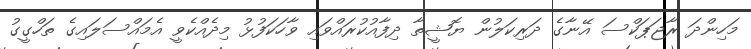
މަހިންދަ ރާޖަޕަކްސަ އޭނާގެ ދަރިކަލުން ޔޮޝީތާ ދިފާއުކުރައްވައި ވާހަކަފުޅު މިދެއްކެވީ އެމައްސަލައިގެ ތަހްގީގު